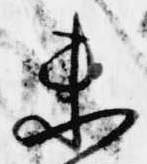
未